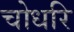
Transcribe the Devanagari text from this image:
चोधरि